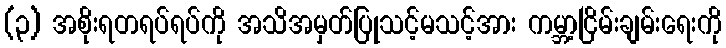
(၃) အစိုးရတရပ်ရပ်ကို အသိအမှတ်ပြုသင့်မသင့်အား ကမ္ဘာ့ငြိမ်းချမ်းရေးကို